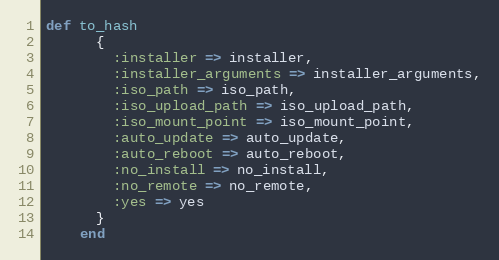
Language: Ruby
def to_hash
      {
        :installer => installer,
        :installer_arguments => installer_arguments,
        :iso_path => iso_path,
        :iso_upload_path => iso_upload_path,
        :iso_mount_point => iso_mount_point,
        :auto_update => auto_update,
        :auto_reboot => auto_reboot,
        :no_install => no_install,
        :no_remote => no_remote,
        :yes => yes
      }
    end